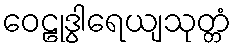
ဝေဠုဒွါရေယျသုတ္တံ